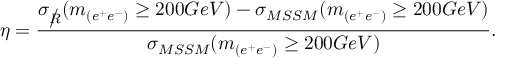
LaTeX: \eta = \frac { \sigma _ { \rlap / { R } } ( m _ { ( e ^ { + } e ^ { - } ) } \geq 2 0 0 G e V ) - \sigma _ { M S S M } ( m _ { ( e ^ { + } e ^ { - } ) } \geq 2 0 0 G e V ) } { \sigma _ { M S S M } ( m _ { ( e ^ { + } e ^ { - } ) } \geq 2 0 0 G e V ) } .